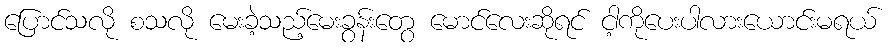
ပြောင်သလို စသလို မေးခဲ့သည့်မေးခွန်းတွေ မောင်လေးဆိုရင် ငါ့ကိုပေးပါလားယောင်းမရယ်